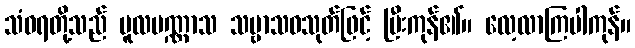
သံဝရတို့သည် မူလပဏ္ဏာသ သဗ္ဗာသဝသုတ်ဖြင့် ပြီးကုန်၏။ လေ့လာကြပါကုန်။